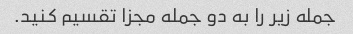
جمله زیر را به دو جمله مجزا تقسیم کنید.